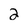
Character: 2